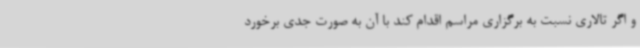
و اگر تالاری نسبت به برگزاری مراسم اقدام کند با آن به صورت جدی برخورد